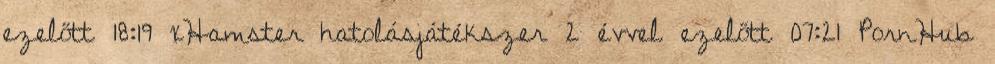
ezelőtt 18:19 xHamster hatolásjátékszer 2 évvel ezelőtt 07:21 PornHub